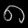
Digit: ၈